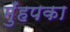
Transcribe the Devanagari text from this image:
मुँहपका